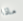
ماذا